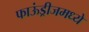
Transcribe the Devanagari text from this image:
फाऊंड्रीजमध्ये